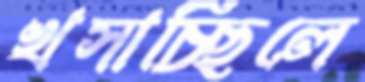
খসাচ্ছিলে